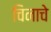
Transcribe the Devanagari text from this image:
चिनाचे